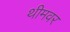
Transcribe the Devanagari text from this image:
थीमवर